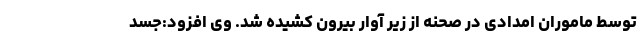
توسط ماموران امدادی در صحنه از زیر آوار بیرون کشیده شد. وی افزود:جسد